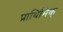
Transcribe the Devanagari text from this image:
प्राथिमिक्